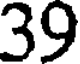
39